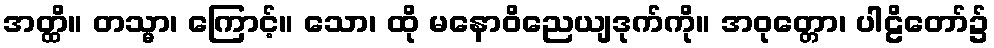
အတ္ထိ။ တသ္မာ၊ ကြောင့်။ သော၊ ထို မနောဝိညေယျဒုက်ကို။ အဝုတ္တော၊ ပါဠိတော်၌